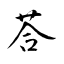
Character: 荅